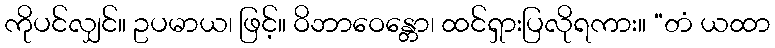
ကိုပင်လျှင်။ ဥပမာယ၊ ဖြင့်။ ဝိဘာဝေန္တော၊ ထင်ရှားပြလိုရကား။ “တံ ယထာ